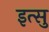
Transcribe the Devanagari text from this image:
इत्सु